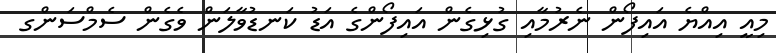
މިއީ އިއްޔެ އައިފޯން ނެރުމާއި ގުޅިގެން އައިފޯންގެ އަޑު ކަނޑުވާލަން ވެގެން ސެމްސަންގ